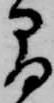
間